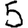
Digit: 5